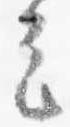
定